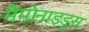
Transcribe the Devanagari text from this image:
मैमोनाइड्स